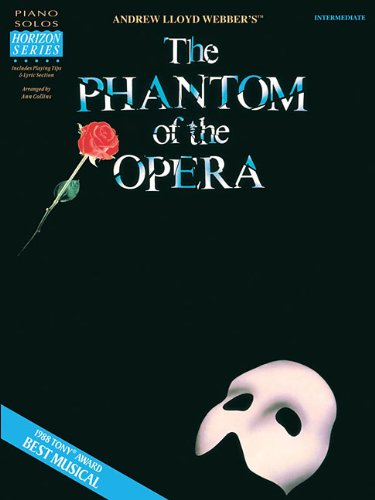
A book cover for Phantom of the Opera Intermediate Piano Solos; Humor & Entertainment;